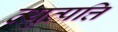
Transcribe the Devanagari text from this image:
व्य़ुत्पत्ति